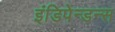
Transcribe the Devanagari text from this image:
इंडिपेन्डन्स